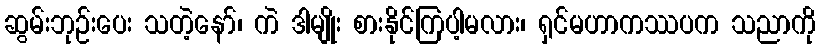
ဆွမ်းဘုဉ်းပေး သတဲ့နော်၊ ကဲ ဒါမျိုး စားနိုင်ကြပါ့မလား၊ ရှင်မဟာကဿပက သညာကို